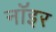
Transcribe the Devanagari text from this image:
नॉइर